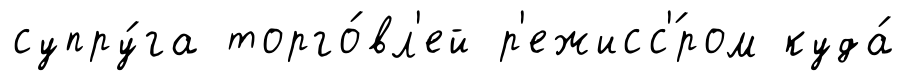
супру́га торго́вл'ей р'ежисс'́ром куда́